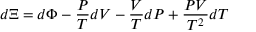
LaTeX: d \Xi = d \Phi - { \frac { P } { T } } d V - { \frac { V } { T } } d P + { \frac { P V } { T ^ { 2 } } } d T